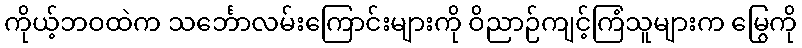
ကိုယ့်ဘဝထဲက သင်္ဘောလမ်းကြောင်းများကို ဝိညာဉ်ကျင့်ကြံသူများက မြွေကို